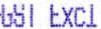
GST EXCL